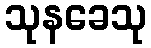
သုနခေသု